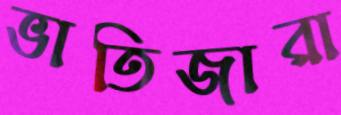
ভাতিজারা